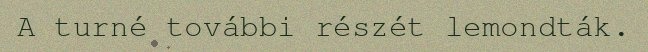
A turné további részét lemondták.